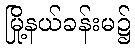
မြို့နယ်ခန်းမ၌